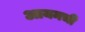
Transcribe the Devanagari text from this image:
आयनची